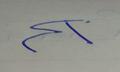
Signature authenticity: forged